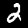
Digit: 2